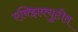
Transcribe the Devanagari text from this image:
एक्झिक्युटीव